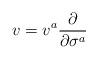
LaTeX: \begin{align*}v=v^{a}\frac{\partial }{\partial \sigma ^{a}}\end{align*}